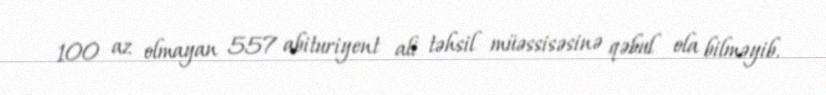
100 az olmayan 557 abituriyent ali təhsil müəssisəsinə qəbul ola bilməyib.